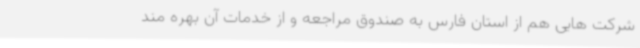
شرکت هایی هم از استان فارس به صندوق مراجعه و از خدمات آن بهره مند